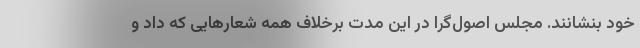
خود بنشانند. مجلس اصول‌گرا در این مدت برخلاف همه شعارهایی که داد و